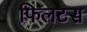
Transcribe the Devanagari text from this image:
फिलटस